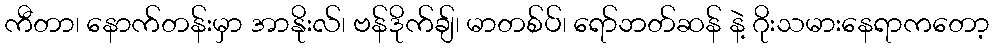
ကီတာ၊ နောက်တန်းမှာ အာနိုးလ်၊ ဗန်ဒိုက်ချ်၊ မာတစ်ပ်၊ ရော်ဘတ်ဆန် နဲ့ ဂိုးသမားနေရာကတော့